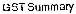
GST SUMMARY